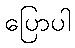
ပြောပါ